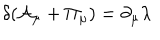
LaTeX: \delta ( { \cal A } _ { \mu } + { \Pi } _ { \mu } ) = \partial _ { \mu } \lambda